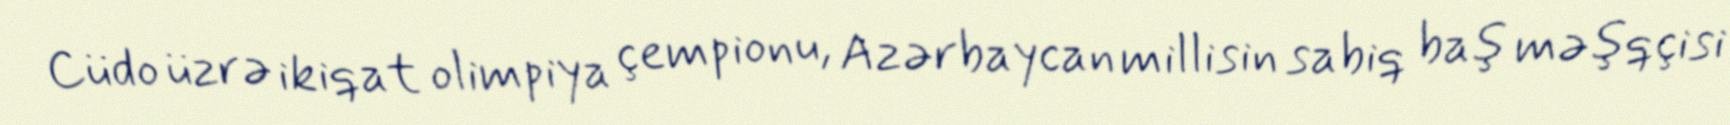
Cüdo üzrə ikiqat olimpiya çempionu, Azərbaycan millisin sabiq baş məşqçisi